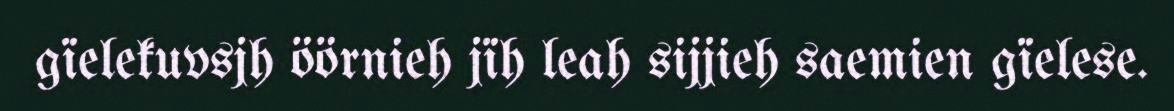
gïelekuvsjh öörnieh jïh leah sijjieh saemien gïelese.